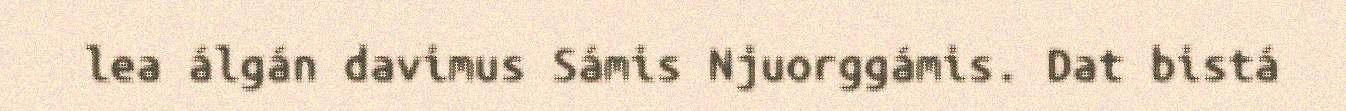
lea álgán davimus Sámis Njuorggámis. Dat bistá